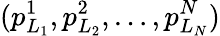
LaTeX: (p_{L_{1}}^{1},p_{L_{2}}^{2},\dots,p_{L_{N}}^{N})